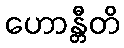
ဟောန္တီတိ